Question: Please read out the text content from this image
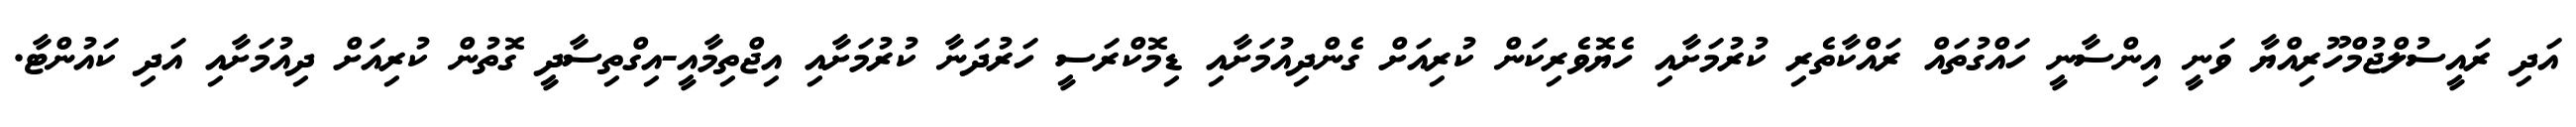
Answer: އަދި ރައީސުލްޖުމްހޫރިއްޔާ ވަނީ އިންސާނީ ހައްގުތައް ރައްކާތެރި ކުރުމަށާއި ހެޔޮވެރިކަން ކުރިއަށް ގެންދިއުމަށާއި ޑިމޮކްރަސީ ހަރުދަނާ ކުރުމަށާއި އިޖްތިމާއީ-އިގްތިސާދީ ގޮތުން ކުރިއަށް ދިއުމަށާއި އަދި ކައުންޓާ.